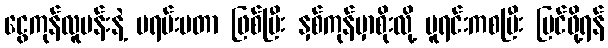
ငွေကုန်လူပန်းနဲ့ ဗရမ်းဗတာ ဖြစ်ပြီး နှစ်ကုန်မှာစိုးလို့ မူရင်းကစပြီး ပြင်ဖို့ရန်